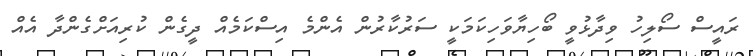
ރައީސް ސޯލިހު ވިދާޅުވީ ބޯހިޔާވަހިކަމަކީ ސަރުކާރުން އެންމެ އިސްކަމެއް ދީގެން ކުރިއަށްގެންދާ އެއް